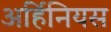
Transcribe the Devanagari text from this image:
अर्हिनियस